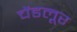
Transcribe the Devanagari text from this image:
चेंडलूर